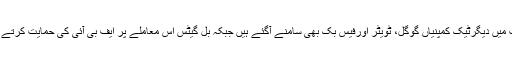
ایپل کی حمایت میں دیگرٹیک کمپنیاں گوگل، ٹویٹر اورفیس بک بھی سامنے آگئے ہیں جبکہ بل گیٹس اس معاملے پر ایف بی آئی کی حمایت کرتے نظرآرہے ہیں۔